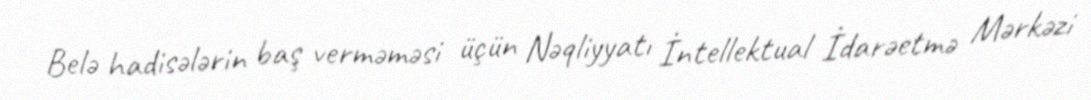
Belə hadisələrin baş verməməsi üçün Nəqliyyatı İntellektual İdarəetmə Mərkəzi